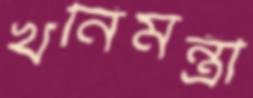
খনিমন্ত্রী